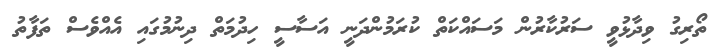
ތޯރިގު ވިދާޅުވީ ސަރުކާރުން މަސައްކަތް ކުރަމުންދަނީ އަސާސީ ހިދުމަތް ދިނުމުގައި އެއްވެސް ތަފާތު